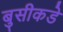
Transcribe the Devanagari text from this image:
बुसीकडे